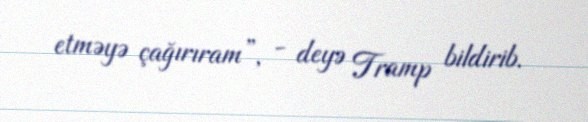
etməyə çağırıram”, - deyə Tramp bildirib.